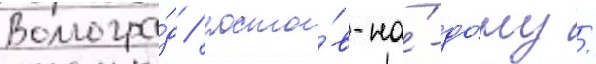
Волгогра́д / росто́в-на́-до́ну /